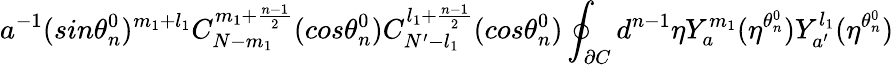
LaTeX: a^{-1}(sin{\theta_{n}^{0}})^{m_{1}+l_{1}}C_{N-m_{1}}^{m_{1}+\frac{n-1}{2}}(cos{\theta_{n}^{0}})C_{N^{\prime}-l_{1}}^{l_{1}+\frac{n-1}{2}}(cos{\theta_{n}^{0}})\oint_{\partial C}d^{n-1}{\eta}Y_{a}^{m_{1}}(\eta^{\theta_{n}^{0}})Y_{a^{\prime}}^{l_{1}}(\eta^{\theta_{n}^{0}})